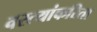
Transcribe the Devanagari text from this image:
वस्त्यांकरिता